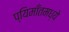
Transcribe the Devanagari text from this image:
प्यिमाँतमध्ये